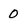
Character: 0